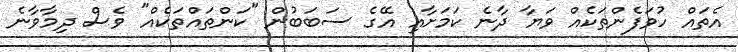
އެތައް ހުވަފެންތަކެއް ވަޔާ ދާނެ ކަމަށާއި އޭގެ ސަބަބުން "ކަންތައްތަކެއް" ވެސް ދިމާވާނެ